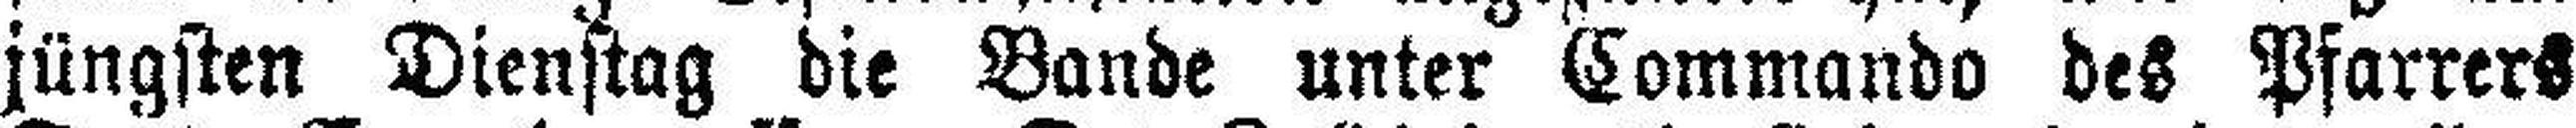
jüngsten Dienstag die Bande unter Commando des Pfarrers